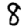
Digit: 8